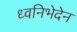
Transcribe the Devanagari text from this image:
ध्वनिभेदेन